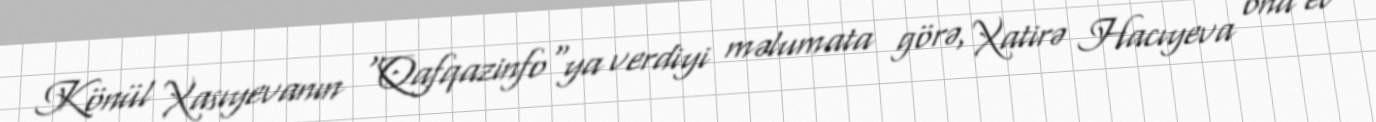
Könül Xasıyevanın "Qafqazinfo"ya verdiyi məlumata görə, Xatirə Hacıyeva ona ev